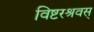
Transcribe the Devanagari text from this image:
विष्टरश्रवस्